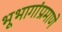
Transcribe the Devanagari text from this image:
भूभागांप्रमाणे